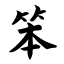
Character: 笨